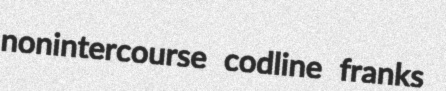
nonintercourse codline franks